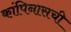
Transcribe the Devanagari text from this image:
कांपिनासची